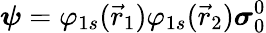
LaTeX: {\boldsymbol{\psi}}=\varphi_{1s}({\vec{r}}_{1})\varphi_{1s}({\vec{r}}_{2}){\boldsymbol{\sigma}}_{0}^{0}